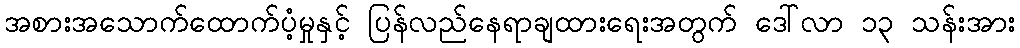
အစားအသောက်ထောက်ပံ့မှုနှင့် ပြန်လည်နေရာချထားရေးအတွက် ဒေါ်လာ ၁၃ သန်းအား